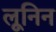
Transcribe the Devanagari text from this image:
लूनिन